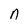
Character: n